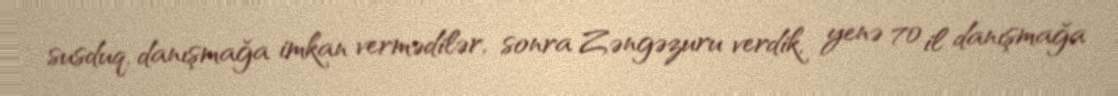
susduq, danışmağa imkan vermədilər, sonra Zəngəzuru verdik, yenə 70 il danışmağa